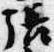
張